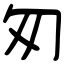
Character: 匆